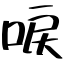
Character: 唳